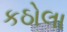
કઠોલા